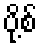
ပို့စ်